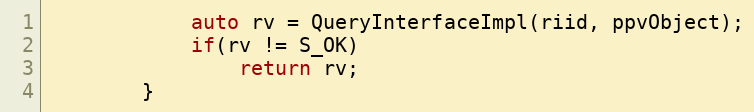
Language: C
            auto rv = QueryInterfaceImpl(riid, ppvObject);
            if(rv != S_OK)
                return rv;
        }